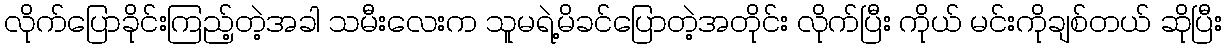
လိုက်ပြောခိုင်းကြည့်တဲ့အခါ သမီးလေးက သူမရဲ့မိခင်ပြောတဲ့အတိုင်း လိုက်ပြီး ကိုယ် မင်းကိုချစ်တယ် ဆိုပြီး